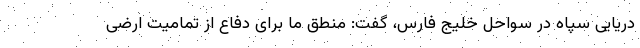
دریایی سپاه در سواحل خلیج فارس، گفت: منطق ما برای دفاع از تمامیت ارضی